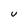
Character: U